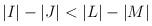
LaTeX: \begin{align*}\vert I\vert -\vert J\vert <\vert L\vert -\vert M\vert\end{align*}